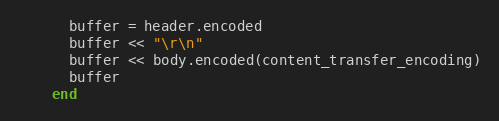
Language: Ruby
      buffer = header.encoded
      buffer << "\r\n"
      buffer << body.encoded(content_transfer_encoding)
      buffer
    end